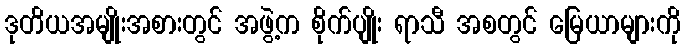
ဒုတိယအမျိုးအစားတွင် အဖွဲ့က စိုက်ပျိုး ရာသီ အစတွင် မြေယာများကို